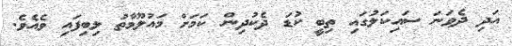
އަދި ދެވަނަ ސައިކަލުގައި ތިބީ ކުޑަ ދެކުދިން ކަމަށް މައުލޫމާތު ލިބިފައި ވެއެވެ.